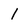
Character: 1